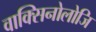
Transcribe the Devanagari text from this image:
वाक्सिनोलोजि